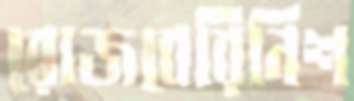
রোজবেরিনিশ